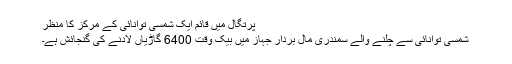
پرتگال میں قائم ایک شمسی توانائی کے مرکز کا منظر
شمسی توانائی سے چلنے والے سمندری مال بردار جہاز میں بیک وقت 6400 گاڑیاں لادنے کی گنجائش ہے۔